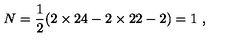
N = \frac { 1 } { 2 } ( 2 \times 2 4 - 2 \times 2 2 - 2 ) = 1 \ ,